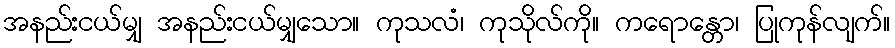
အနည်းငယ်မျှ အနည်းငယ်မျှသော။ ကုသလံ၊ ကုသိုလ်ကို။ ကရောန္တော၊ ပြုကုန်လျက်။